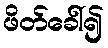
ဖိတ်ခေါ်၍